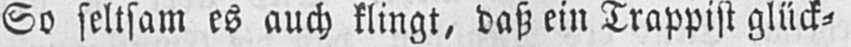
So seltsam es auch klingt, daß ein Trappist glück⸗